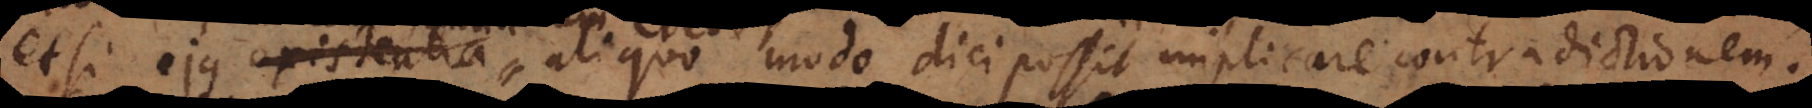
existentia coexistentia cum Deo aliquo modo dici possit implicare contradictionem.